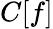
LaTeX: C[f]